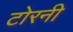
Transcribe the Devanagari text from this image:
टोरनी